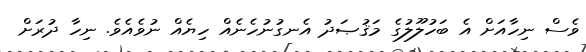
ވެސް ނިހާއަށް އެ ބަހުލޫލުގެ މަޤުޞަދު އެނގުނުހެނެއް ހިޔެއް ނުވެއެވެ. ނިހާ ދުރަށް